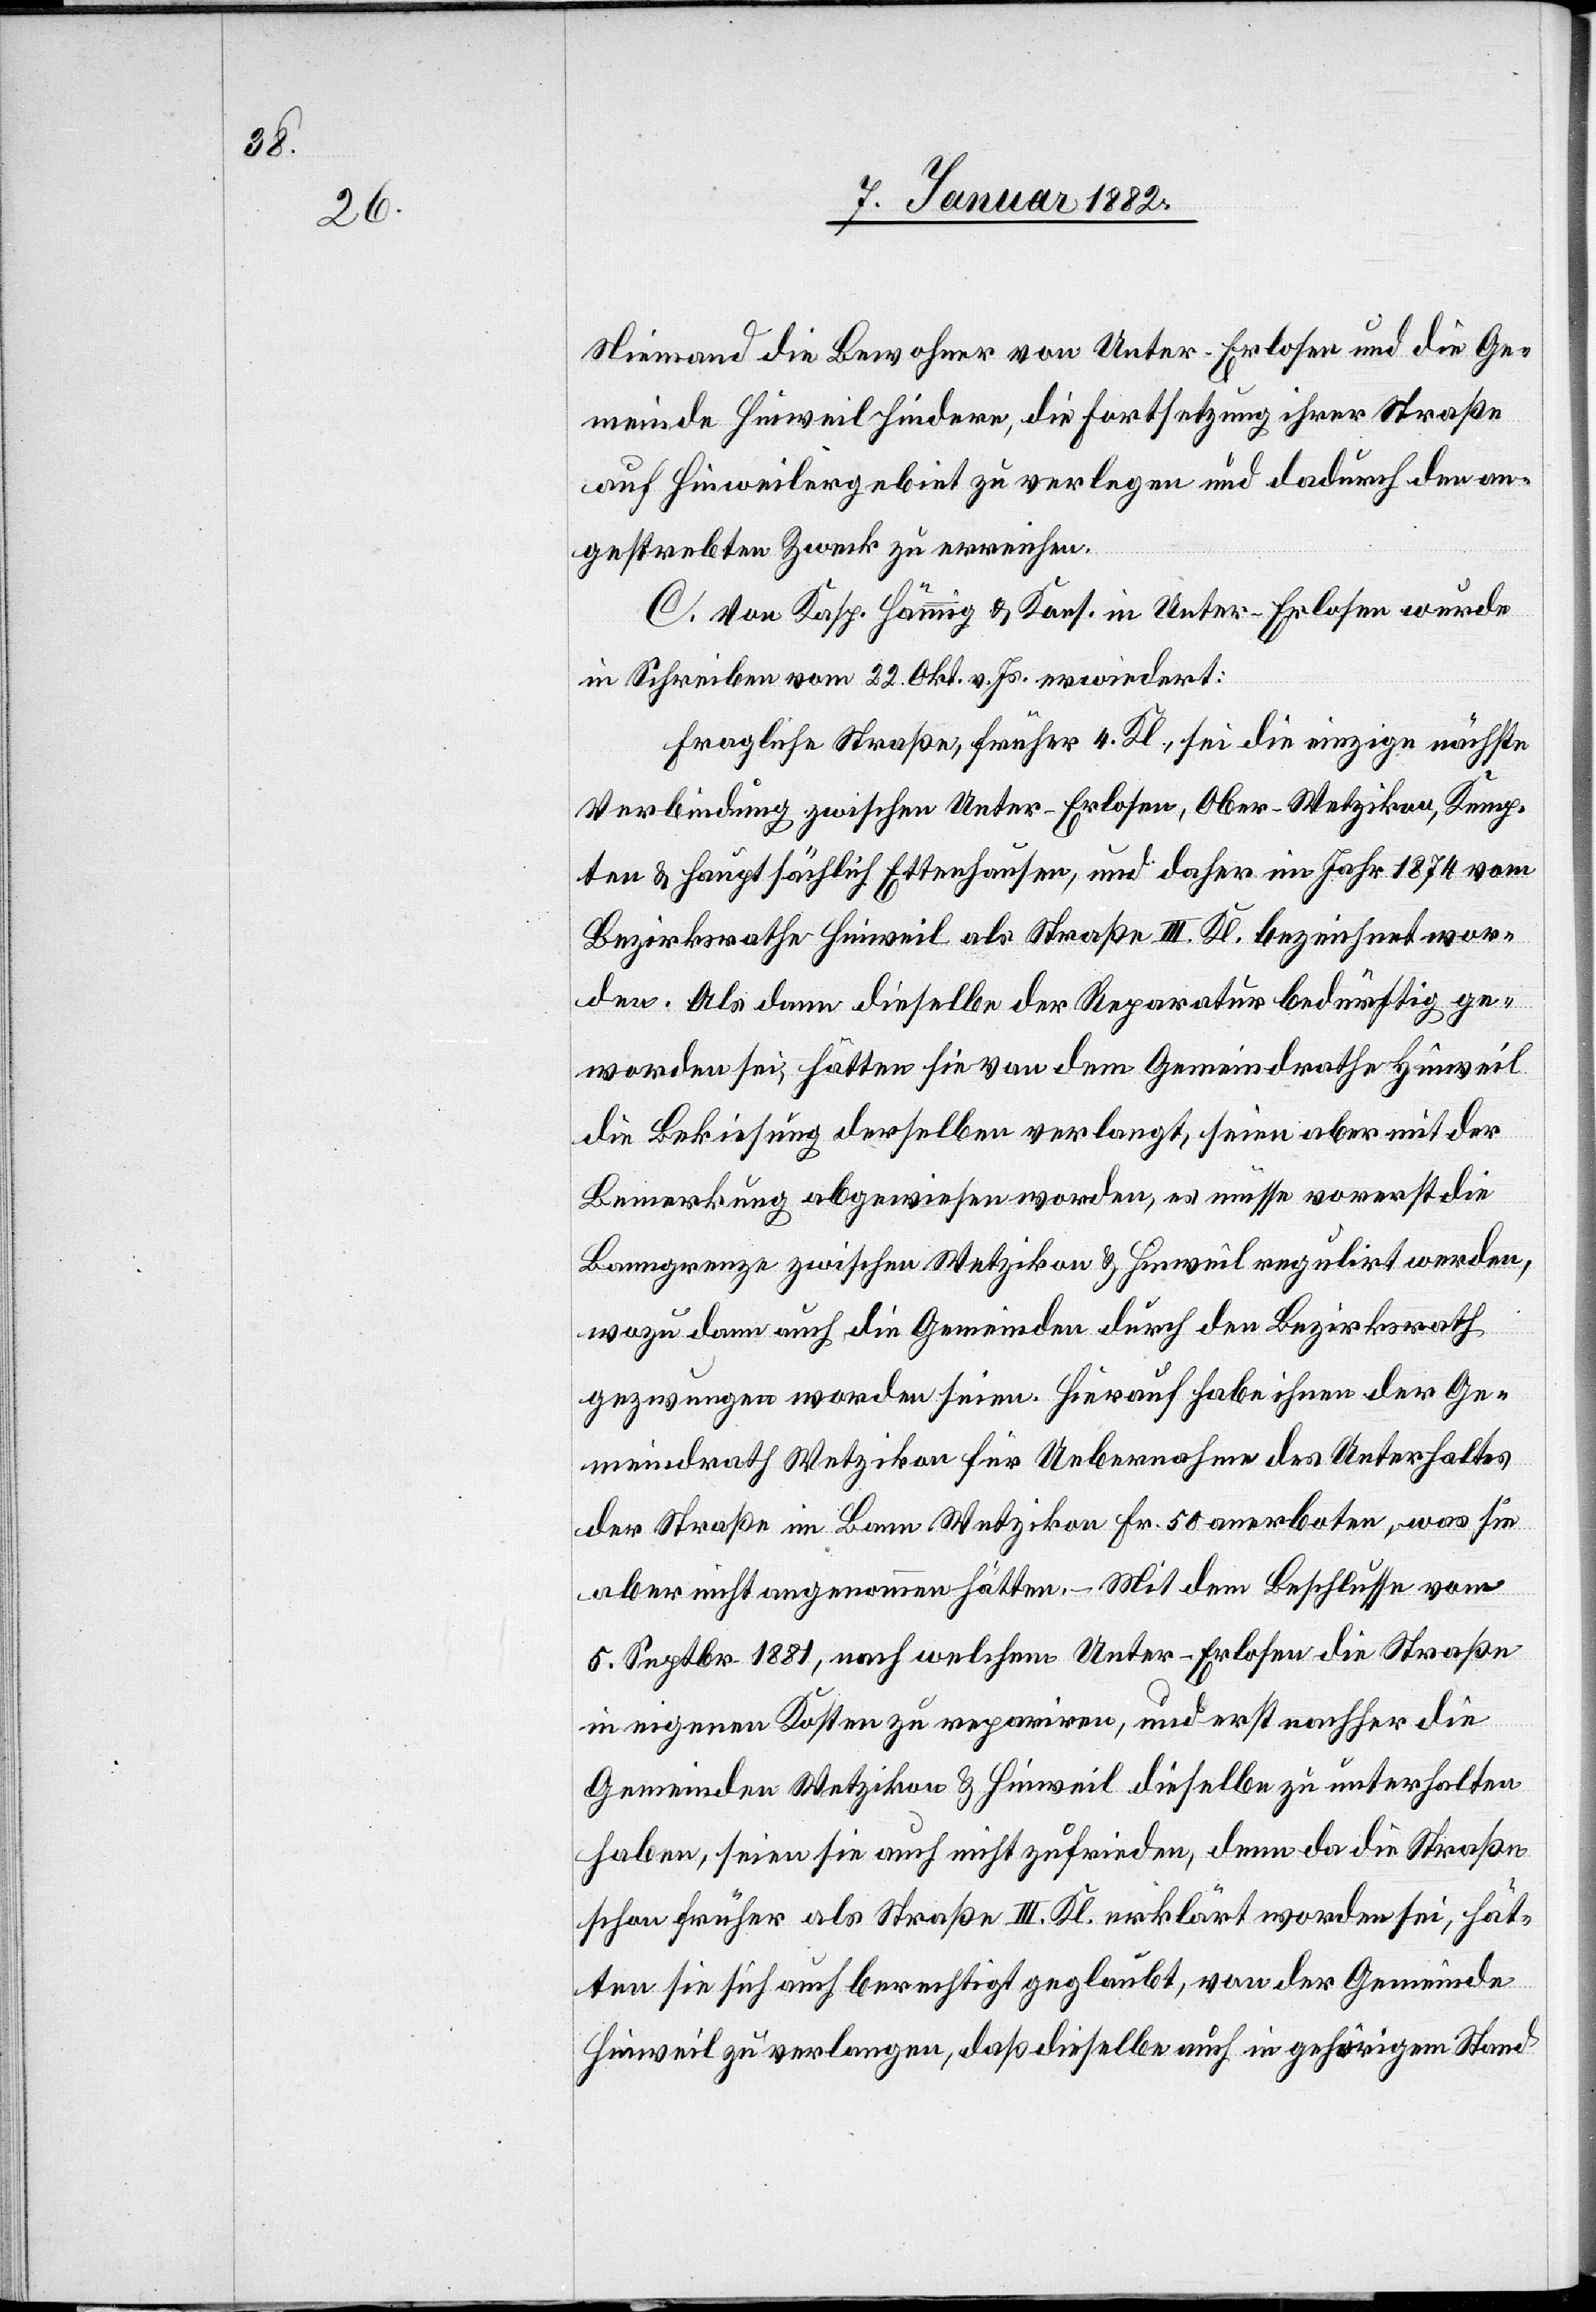
Niemand die Bewohner von Unter-Erlosen und die Ge¬
meinde Hinweil hindere, die Fortsetzung ihrer Straße
auf Hinweilergebiet zu verlegen und dadurch den an¬
gestrebten Zweck zu erreichen.
C. Von Kasp. Hämmig & Kons. in Unter-Erlosen wurde
in Schreiben vom 22. Okt. v. Js. erwiedert:
Fragliche Straße, früher 4. Kl., sei die einzige nächste
Verbindung zwischen Unter-Erlosen, Ober-Wetzikon, Kemp¬
ten & hauptsächlich Ettenhausen, und daher im Jahr 1874 vom
Bezirksrathe Hinweil als Straße III. Kl. bezeichnet wor¬
den. Als dann dieselbe der Reparatur bedürftig ge¬
worden sei, hätten sie von dem Gemeindrathe Hinweil
die Bekiesung derselben verlangt, seien aber mit der
Bemerkung abgewiesen worden, es müsse vorerst die
Banngrenze zwischen Wetzikon & Hinweil regulirt werden,
wozu dann auch die Gemeinden durch den Bezirksrath
gezwungen worden seien. Hierauf habe ihnen der Ge¬
meindrath Wetzikon für Uebernahme des Unterhalts
der Straße im Bann Wetzikon Fr. 50 anerboten, was sie
aber nicht angenommen hätten. – Mit dem Beschlusse vom
5. Septbr. 1881, nach welchem Unter-Erlosen die Straße
in eigenen Kosten zu repariren, und erst nachher die
Gemeinden Wetzikon & Hinweil dieselbe zu unterhalten
haben, seien sie auch nicht zufrieden, denn da die Straße
schon früher als Straße III. Kl. erklärt worden sei, hät¬
ten sie sich auch berechtigt geglaubt, von der Gemeinde
Hinweil zu verlangen, daß dieselbe auch in gehörigem Stand